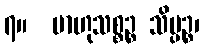
၇။  ဗာဟုသစ္စဉ္စ သိပ္ပဉ္စ၊